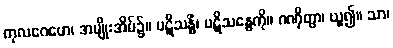
ကုလဂေဟေ၊ အမျိုးအိမ်၌။ ပဋိသန္ဓိံ၊ ပဋိသန္ဓေကို။ ဂဏှိတွာ၊ ယူ၍။ သာ၊